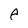
Character: p